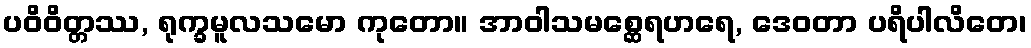
ပဝိဝိတ္တဿ, ရုက္ခမူလသမော ကုတော။ အာဝါသမစ္ဆေရဟရေ, ဒေဝတာ ပရိပါလိတေ၊